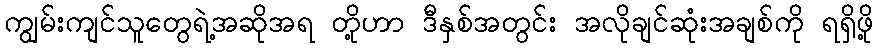
ကျွမ်းကျင်သူတွေရဲ့အဆိုအရ တို့ဟာ ဒီနှစ်အတွင်း အလိုချင်ဆုံးအချစ်ကို ရရှိဖို့